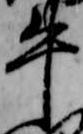
牛